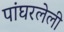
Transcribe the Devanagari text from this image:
पांघरलेली